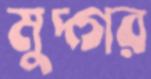
মুদ্গর